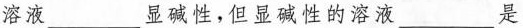
溶液 ___ 显碱性，但显碱性的溶液 ___ 是